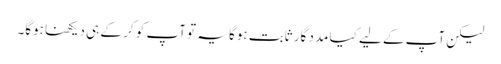
لیکن آپ کے لیے کیا مدد گار ثابت ہوگا یہ تو آپ کو کر کے ہی دیکھنا ہوگا۔